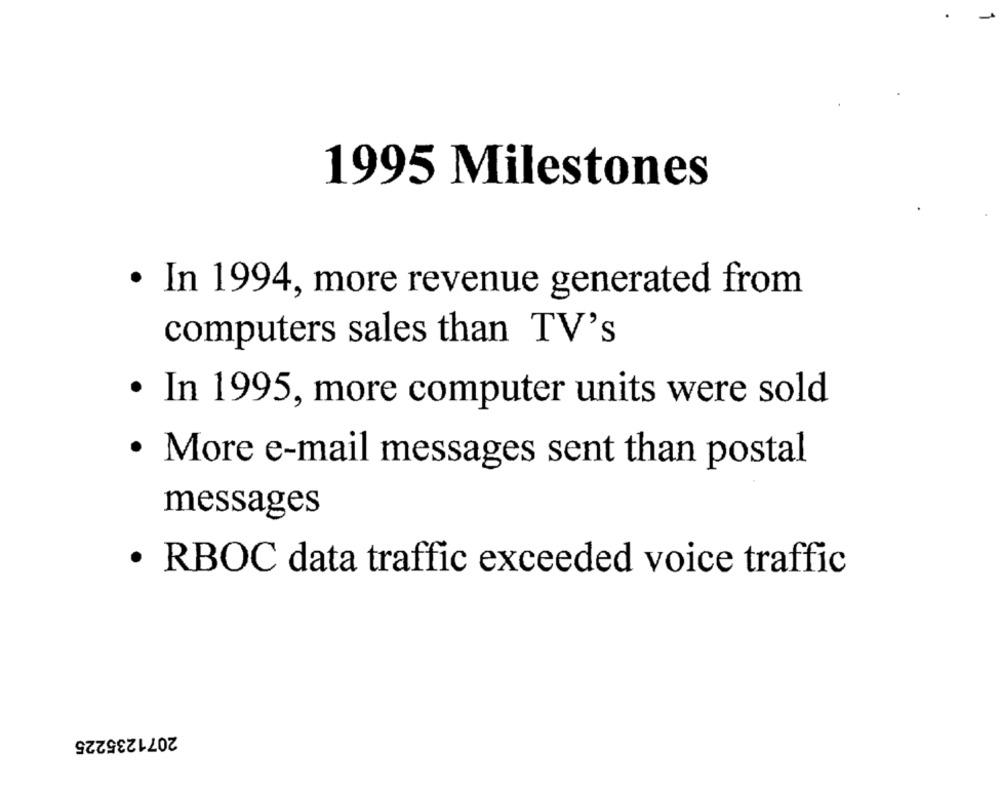
1995 Milestones
· In 1994, more revenue generated from
computers sales than TV's
· In 1995, more computer units were sold
· More e-mail messages sent than postal
messages
· RBOC data traffic exceeded voice traffic
2071235225